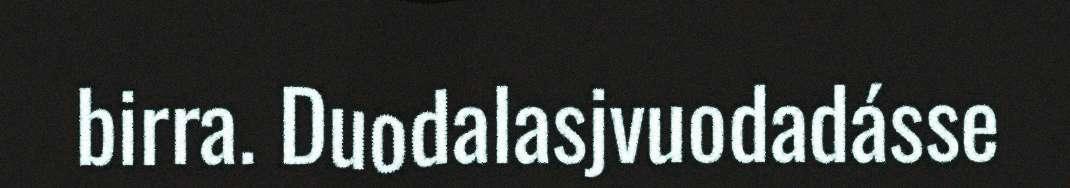
birra. Duodalasjvuodadásse